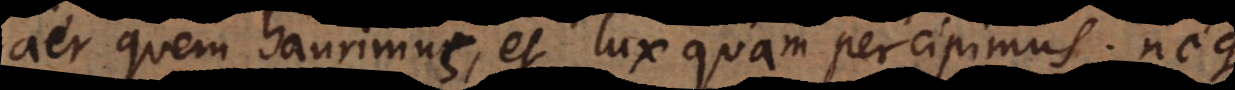
aër quem haurimus, et lux quam percipimus; neque